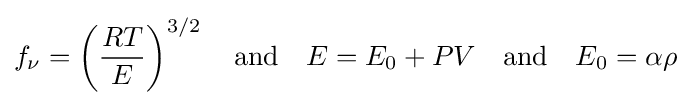
f_{\nu }=\left({\frac {RT}{E}}\right)^{3/2}\quad {\text{and}}\quad E=E_{0}+PV\quad {\text{and}}\quad E_{0}=\alpha \rho